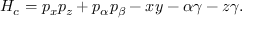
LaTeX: H _ { c } = p _ { x } p _ { z } + p _ { \alpha } p _ { \beta } - x y - \alpha \gamma - z \gamma .